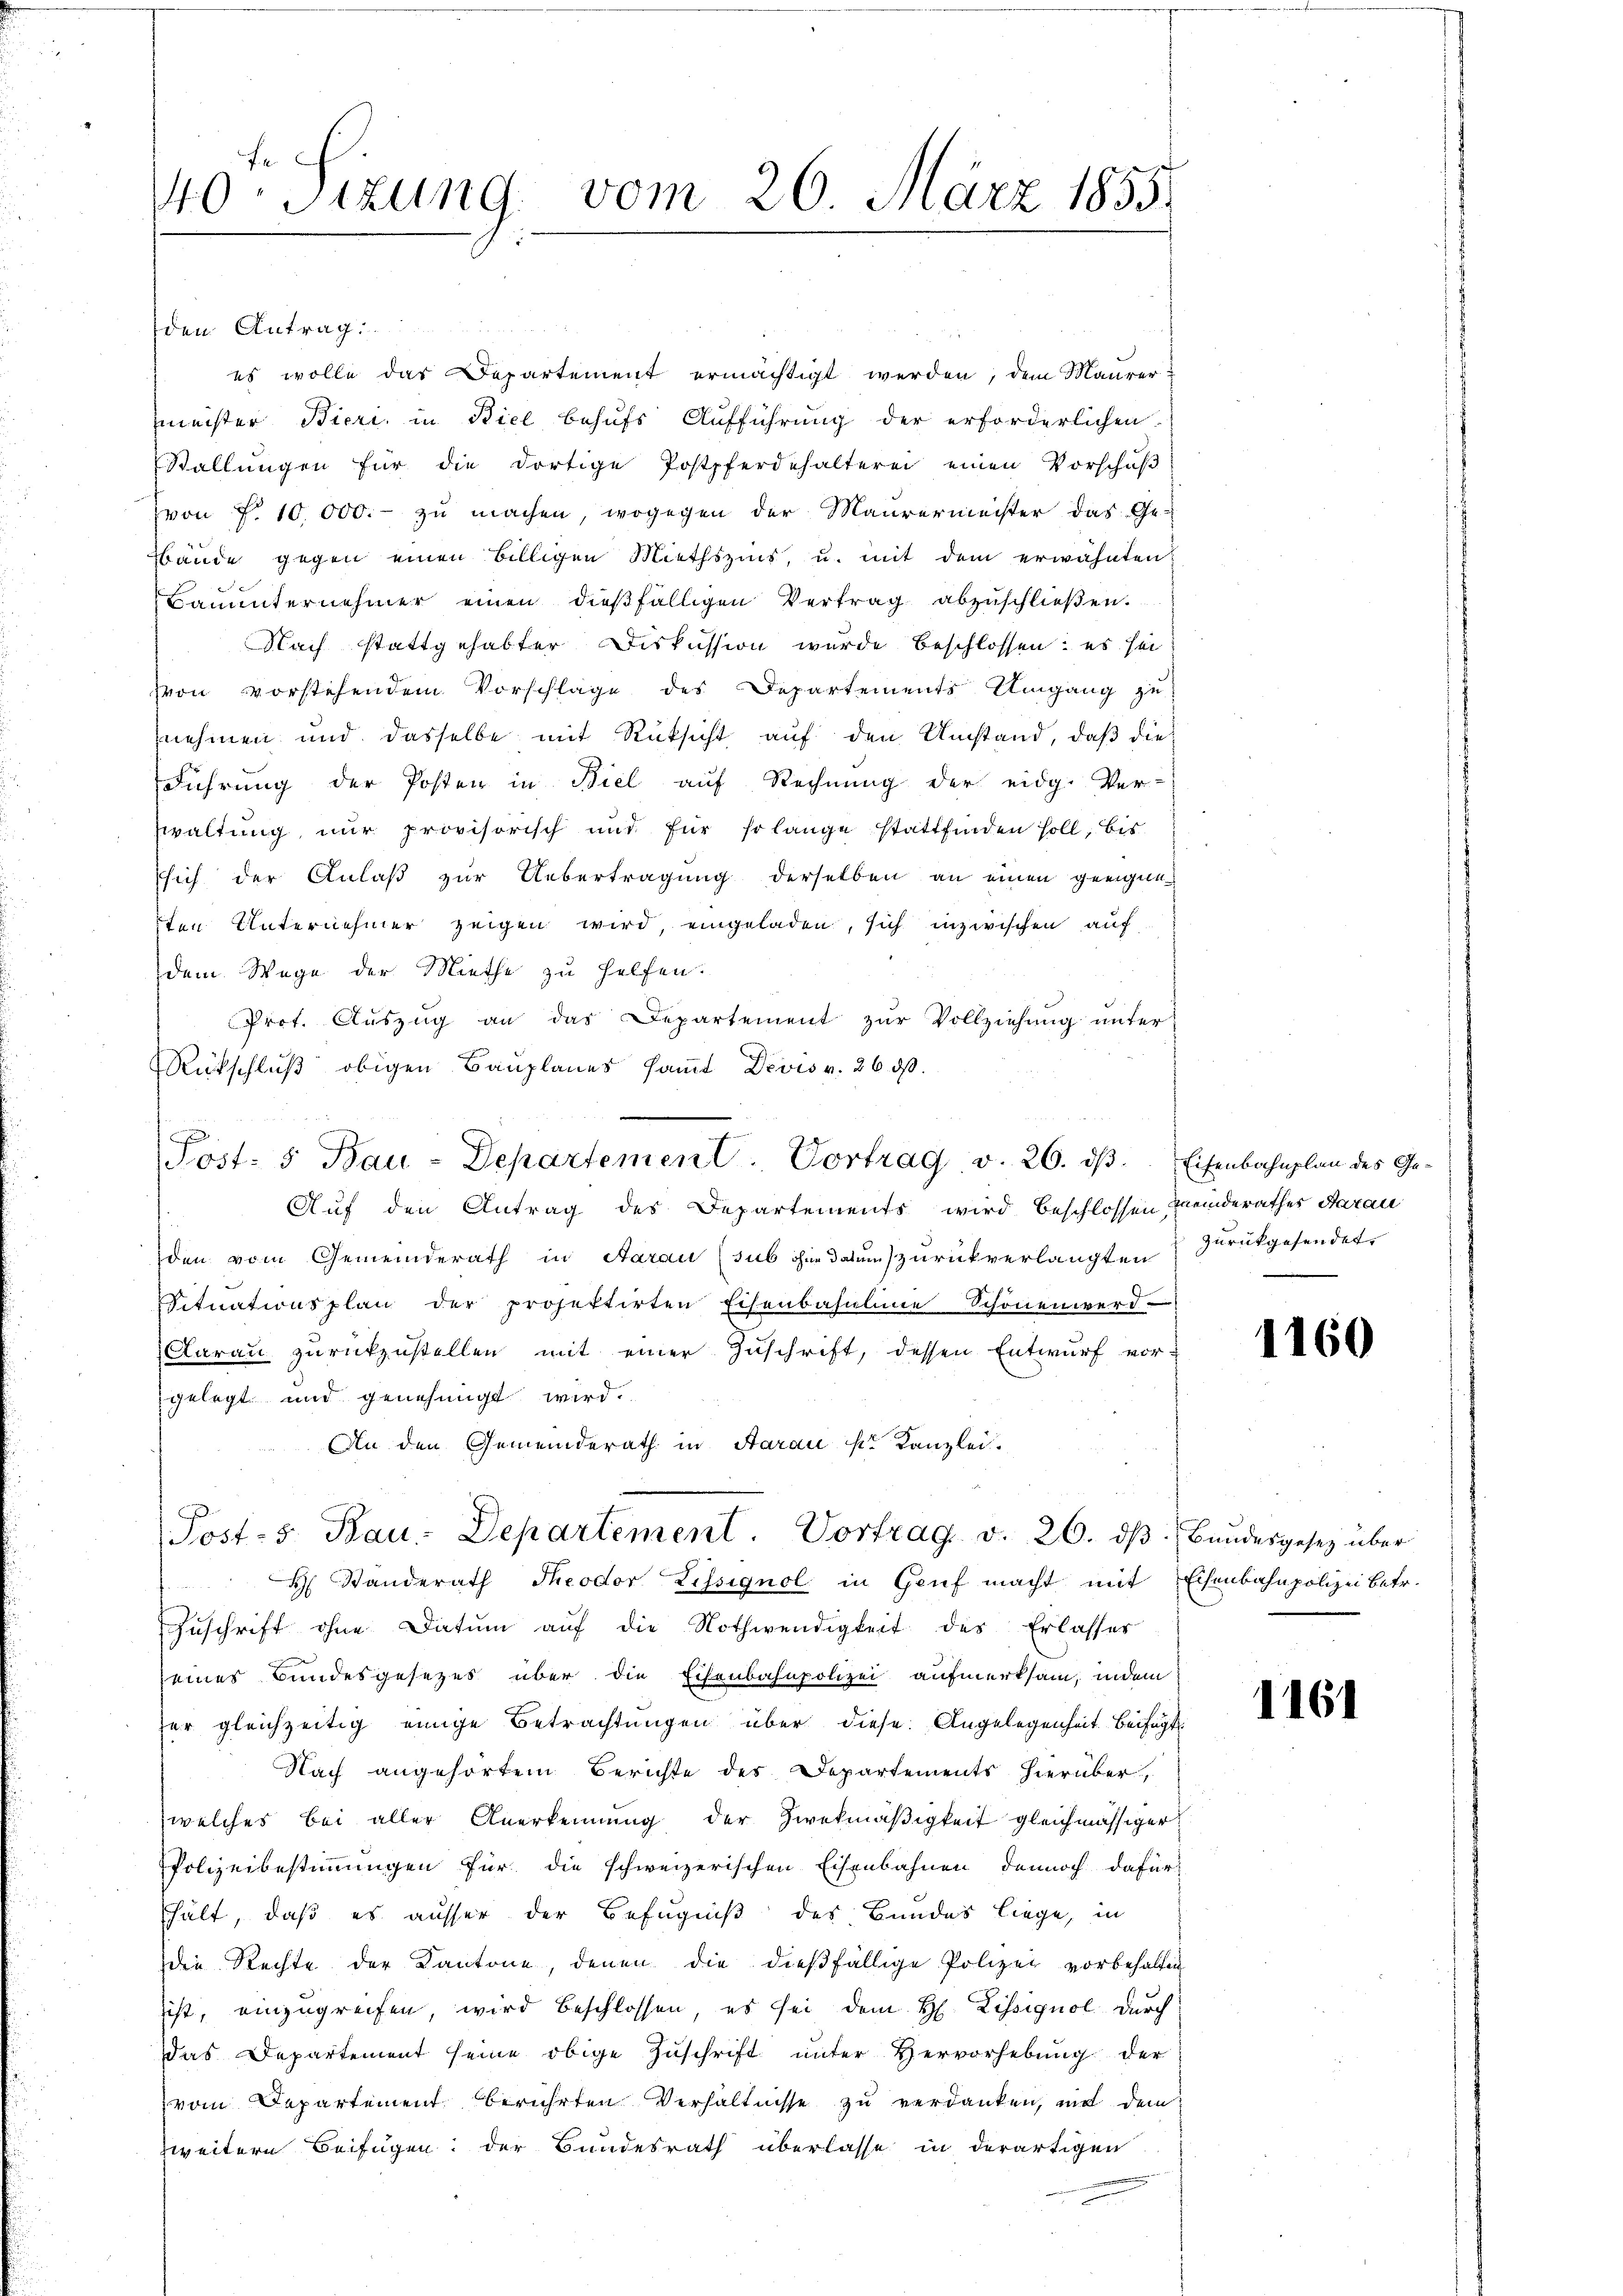
40. Sizung vom 26. März 1855.

den Antrag:
es wolle das Departement ermächtigt werden, dem Maurer
meister Bieri, in Biel behufs Aufführung der erforderlichen
Stallungen für die dortige Postpferdehalterei einen Vorschaf
von P. 10.000.- zu machen, wogegen der Maurermeister das Ge-
bände gegen einen billigen Miethszins, u. mit dem erwähnten
Bauunternehmer einen dießfälligen Vertrag abzuschließen.
Nach stattgehabter Diskussion wurde beschlossen: es sei
von vorstehendem Vorschläge des Departements Umgang zu
nehmen und dasselbe mit Rücksicht auf den Umstand, daß die
Führung der Posten in Biel auf Rechnung der eidg. Ver-
waltung, nur provisorisch und für so lange stattfinden soll, bis
sich der Anlaß zur Uebertragung derselben an einen geeigneten Unternehmer zeigen wird, eingeladen, sich inzwischen auf
dem Wege der Miethe zu helfen.
Prot. Aŭszŭg an das Departement zŭr Vollziehung unter
Rückschluß obigen Bauplanes samt Devis v. 26. ds.
r
Auf den Antrag des Departements wird beschlossen meinderathes Aarau
den vom Gemeinderath in Aarau (sub ohne datum zurückverlangten & zurückgesendet
Situationsplan der projektirten Eisenbahnlinie Schönen werd
Aarau zurückzustellen mit einer Zuschrift, dessen Entwurf vorgelegt und genehmigt wird.
An den Gemeinderath in Aarau pr. Kanzlei.
Post- 5. Bau-Departement. Vortrag v. 26. dβ. Bundesgesetz über
H Standerath Theodor Lissignol in Genf macht mit Eisenbahnpolizei betr.

Zuschrift ohne Datum aŭf die Nothwendigkeit des Erlasser
seines Bundesgesetzes über die Eisenbahnpolizei aufmerksam, indem
er gleichzeitig einige Betrachtungen über diese Angelegenheit beifügt
Nach angehörtem Berichte des Departements hierüber,
welches bei aller Anerkennung der Zweckmäßigkeit gleichmässiger
Polizeibestimmungen für die schweizerischen Eisenbahnen dennoch dafür
hält, daß es ausser der Befugniß des Bundes liege, in
die Rechte der Kantone, denen die dießfällige Polizei vorbehalten
ist, einzugreifen, wird beschlossen, es sei dem H. Lissignol durch
das Departement seine obige Zuschrift unter Hervorhebung der
vom Departement berührten Verhältnisse zu verdanken, mit dem
zweitern Beifügen: der Bundesrath überlasse in derartigen

Jost: 5 Bau-Departement. Vortrag v. 26. ds.

Eisenbahnplan des Ge¬

1160

1161